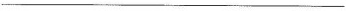
___